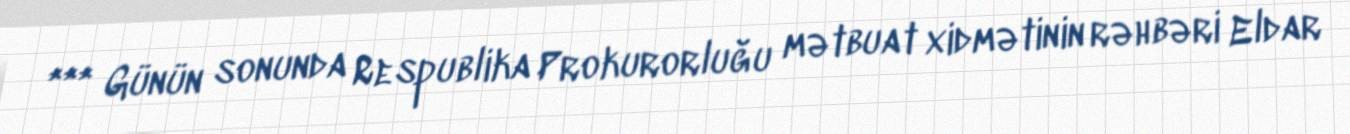
*** Günün sonunda Respublika Prokurorluğu mətbuat xidmətinin rəhbəri Eldar